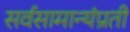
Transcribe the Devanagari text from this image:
सर्वसामान्यंप्रती